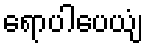
ရောပါပေယျံ